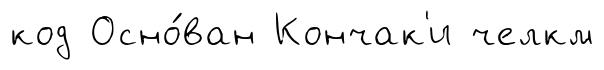
код Осно́ван Кончак'и челкм